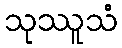
သုဿူသံ